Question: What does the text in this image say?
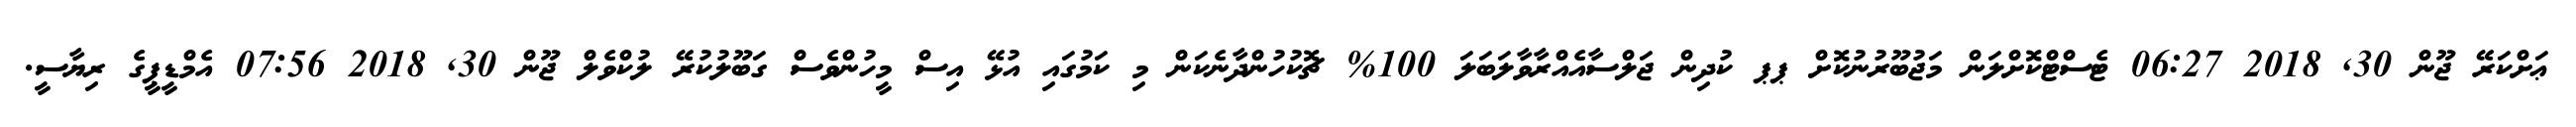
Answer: ޢަށްކަރޭ ޖޫން 30, 2018 06:27 ޓެސްޓްކޮށްލަން މަޖުބޫރުނުކޮށް ޕޕ ކުދިން ޖަލްސާއެއްރާވާލަބަލަ 100% ޗޮކުހުންދާނެކަން މި ކަމުގައި އުޅޭ އިސް މީހުންވެސް ގަބޫލުކުރޭ ލުކްވެލް ޖޫން 30, 2018 07:56 އެމްޑީޕީގެ ރިޔާސީ.